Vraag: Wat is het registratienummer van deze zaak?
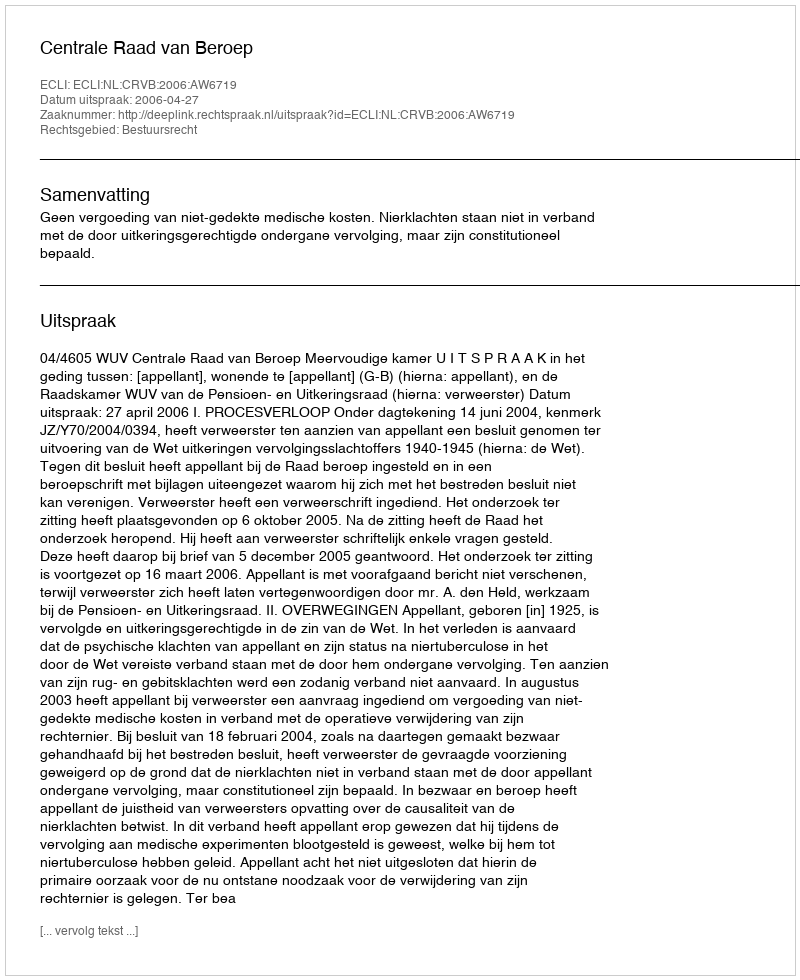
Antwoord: http://deeplink.rechtspraak.nl/uitspraak?id=ECLI:NL:CRVB:2006:AW6719